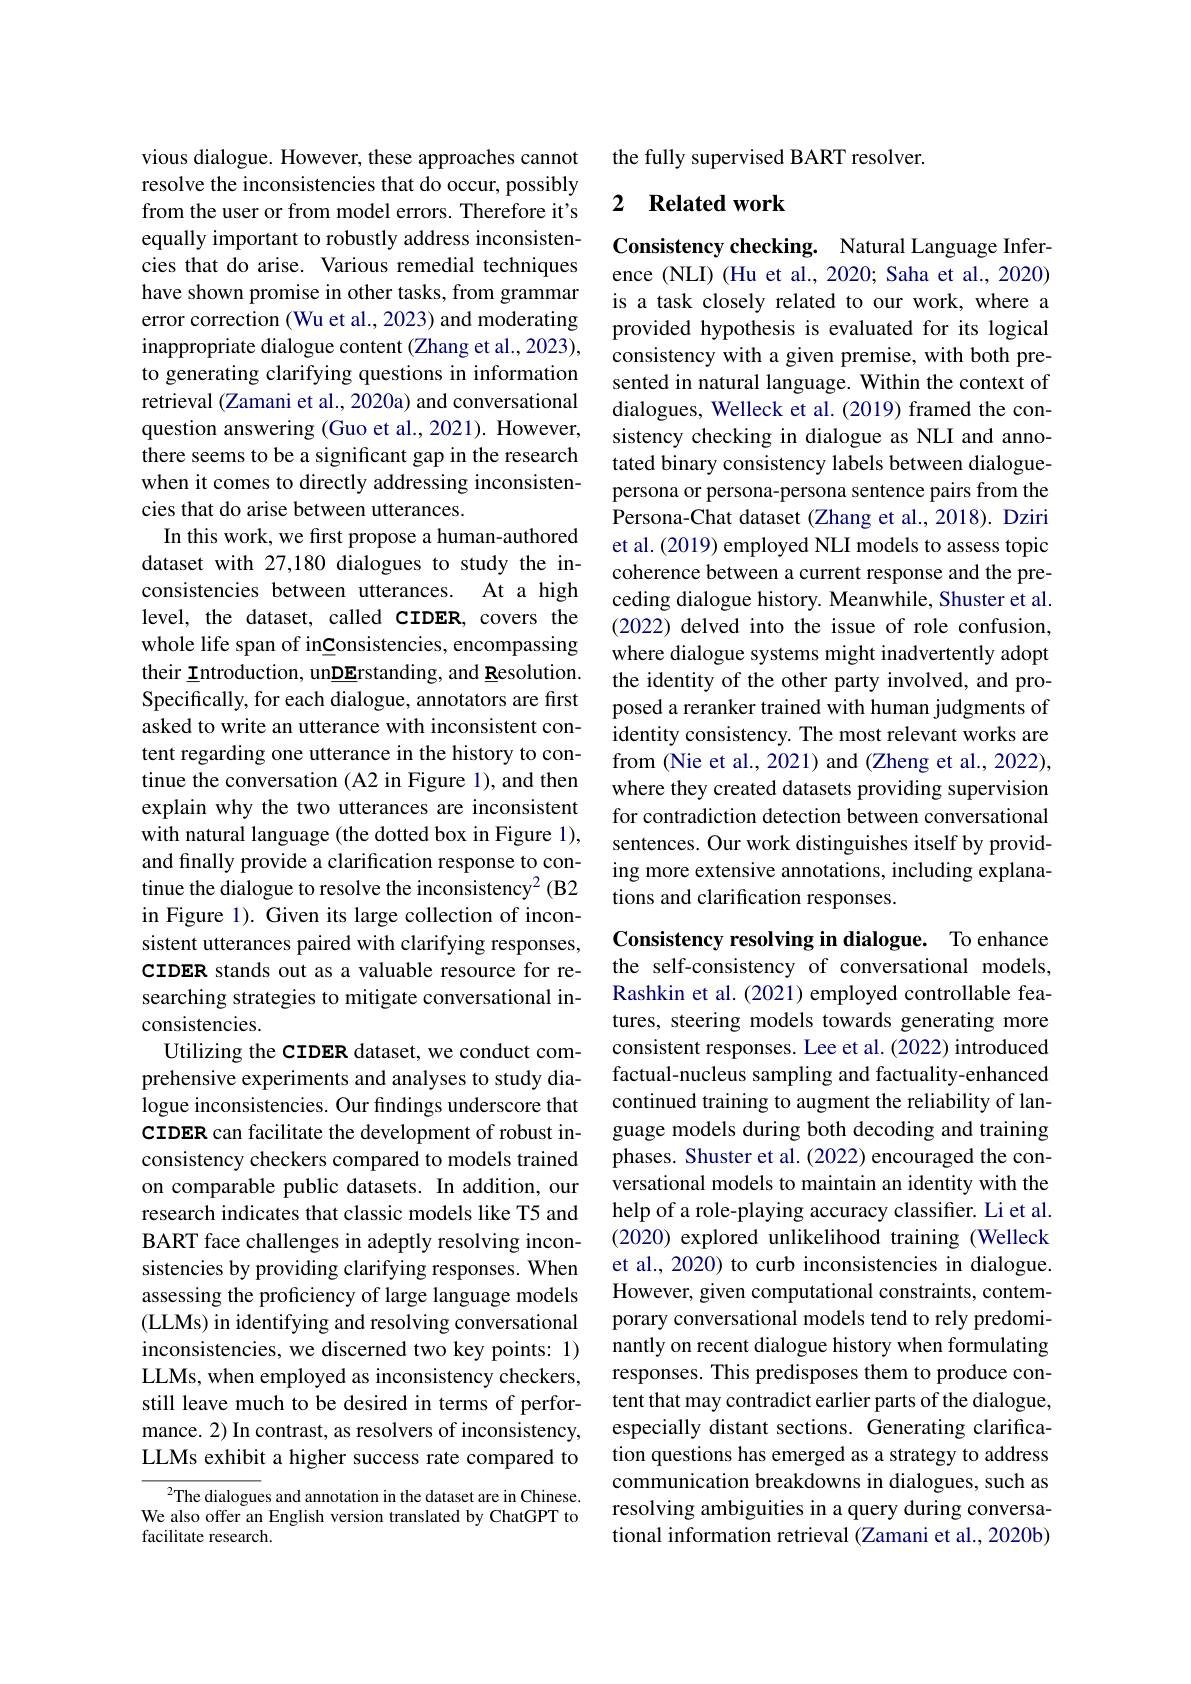
vious dialogue. However, these approaches cannot resolve the inconsistencies that do occur, possibly from the user or from model errors. Therefore it's equally important to robustly address inconsistencies that do arise. Various remedial techniques have shown promise in other tasks, from grammar error correction (Wu et al., 2023) and moderating inappropriate dialogue content (Zhang et al., 2023), to generating clarifying questions in information retrieval (Zamani et al., 2020a) and conversational question answering (Guo et al.,2021). However, there seems to be a significant gap in the research when it comes to directly addressing inconsistencies that do arise between utterances.
In this work, we first propose a human-authored dataset with 27,180 dialogues to study the inconsistencies between utterances. At a high level, the dataset, called CIDER, covers the whole life span of inConsistencies, encompassing their Introduction, unDErstanding, and Resolution. Specifically, for each dialogue, annotators are first asked to write an utterance with inconsistent content regarding one utterance in the history to continue the conversation (A2 in Figure 1), and then explain why the two utterances are inconsistent with natural language (the dotted box in Figure 1), and finally provide a clarification response to continue the dialogue to resolve the inconsistency$^2$ (B2 in Figure 1). Given its large collection of inconsistent utterances paired with clarifying responses, CIDER stands out as a valuable resource for researching strategies to mitigate conversational inconsistencies.
Utilizing the CIDER dataset, we conduct comprehensive experiments and analyses to study dialogue inconsistencies. Our findings underscore that CIDER can facilitate the development of robust inconsistency checkers compared to models trained on comparable public datasets. In addition, our research indicates that classic models like T5 and BART face challenges in adeptly resolving inconsistencies by providing clarifying responses. When assessing the proficiency of large language models (LLMs) in identifying and resolving conversational inconsistencies, we discerned two key points: 1) LLMs, when employed as inconsistency checkers, still leave much to be desired in terms of performance. 2) In contrast, as resolvers of inconsistency, LLMs exhibit a higher success rate compared to
$^2$The dialogues and annotation in the dataset are in Chinese

We also offer an English version translated by ChatGPT to
facilitate research.

the fully supervised BART resolver.

## 2 Related work

Consistency checking. Natural Language Inference (NLI) (Hu et al., 2020; Saha et al., 2020) is a task closely related to our work, where a provided hypothesis is evaluated for its logical consistency with a given premise, with both presented in natural language. Within the context of dialogues, Welleck et al. (2019) framed the consistency checking in dialogue as NLI and annotated binary consistency labels between dialoguepersona or persona-persona sentence pairs from the Persona-Chat dataset (Zhang et al.,2018). Dziri et al. (2019) employed NLI models to assess topic coherence between a current response and the preceding dialogue history. Meanwhile, Shuster et al. (2022) delved into the issue of role confusion, where dialogue systems might inadvertently adopt the identity of the other party involved, and proposed a reranker trained with human judgments of identity consistency. The most relevant works are from (Nie et al., 2021) and (Zheng et al., 2022), where they created datasets providing supervision for contradiction detection between conversational sentences. Our work distinguishes itself by providing more extensive annotations, including explanations and clarification responses.

Consistency resolving in dialogue. To enhance the self-consistency of conversational models, Rashkin et al. (2021) employed controllable features, steering models towards generating more consistent responses. Lee et al. (2022) introduced factual-nucleus sampling and factuality-enhanced continued training to augment the reliability of language models during both decoding and training phases. Shuster et al. (2022) encouraged the conversational models to maintain an identity with the help of a role-playing accuracy classiffer. Li et al. (2020) explored unlikelihood training (Welleck et al., 2020) to curb inconsistencies in dialogue. However, given computational constraints, contemporary conversational models tend to rely predominantly on recent dialogue history when formulating responses. This predisposes them to produce content that may contradict earlier parts of the dialogue, especially distant sections. Generating clarification questions has emerged as a strategy to address communication breakdowns in dialogues, such as resolving ambiguities in a query during conversational information retrieval (Zamani et al., 2020b)